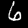
Digit: 6